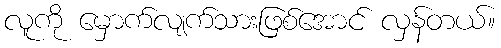
လူကို မှောက်လျက်သားဖြစ်အောင် လှန်တယ်။